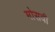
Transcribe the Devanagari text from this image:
मोसवी